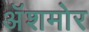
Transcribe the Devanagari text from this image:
अॅशमोर